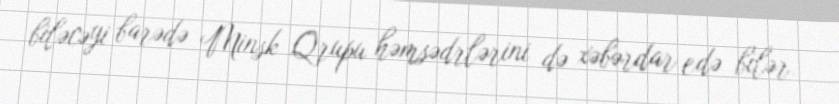
biləcəyi barədə Minsk Qrupu həmsədrlərini də xəbərdar edə bilər.